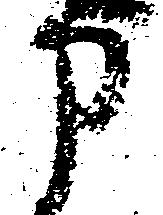
申